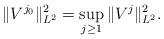
LaTeX: \begin{align*}\|V^{j_0}\|^2_{L^2} = \sup_{j\geq 1} \|V^j\|^2_{L^2}. \end{align*}